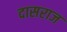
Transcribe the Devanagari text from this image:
दासराज